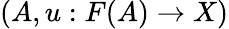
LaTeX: (A,u:F(A)\to X)